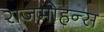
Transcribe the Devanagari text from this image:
राजमोहन्स